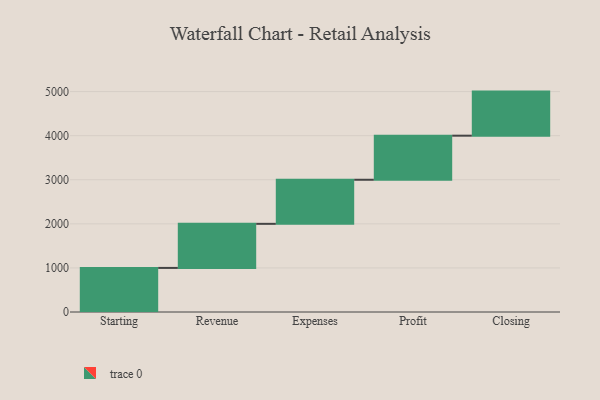
{"axis": {"x": "Step", "y": "Value"}, "legend": [""], "data": [{"x": "Starting", "y": 1000, "type": ""}, {"x": "Revenue", "y": 1000, "type": ""}, {"x": "Expenses", "y": 1000, "type": ""}, {"x": "Profit", "y": 1000, "type": ""}, {"x": "Closing", "y": 1000, "type": ""}]}